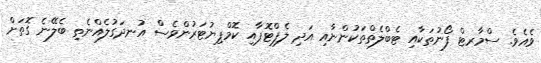
ވެއެވެ. ސްމާރޓް ފޯނުތަކާއި ޓެބްލެތްތަކުންނާއި އަދި ލެޕްޓޮޕާއި ކޮމްޕިޔުޓަރުންވެސް އުނދަގުލެއްނެތި ބެލޭނެ ގޮތަށް